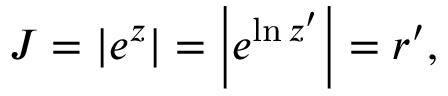
\begin{array} { r } { J = \left| e ^ { z } \right| = \left| e ^ { \ln z ^ { \prime } } \right| = r ^ { \prime } , } \end{array}